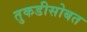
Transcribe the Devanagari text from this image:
तुकडीसोबत